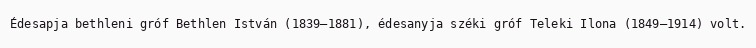
Édesapja bethleni gróf Bethlen István (1839–1881), édesanyja széki gróf Teleki Ilona (1849–1914) volt.